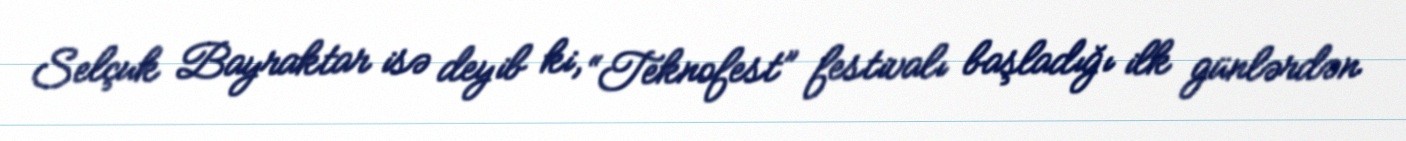
Selçuk Bayraktar isə deyib ki, “Teknofest” festivalı başladığı ilk günlərdən